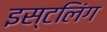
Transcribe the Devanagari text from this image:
इस्टलिंग